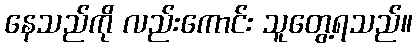
နေသည်ကို လည်းကောင်း သူတွေ့ရသည်။